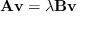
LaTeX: \mathbf { A } \mathbf { v } = \lambda \mathbf { B } \mathbf { v }